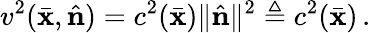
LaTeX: v^{2}(\bar{\mathbf x},\hat{\mathbf n})=c^{2}(\bar{\mathbf x})\| \hat{\mathbf n}\| ^{2}\triangleq c^{2}(\bar{\mathbf x})\, .